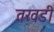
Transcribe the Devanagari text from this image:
तरवडी